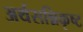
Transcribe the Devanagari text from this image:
अर्थसन्निकृष्ट